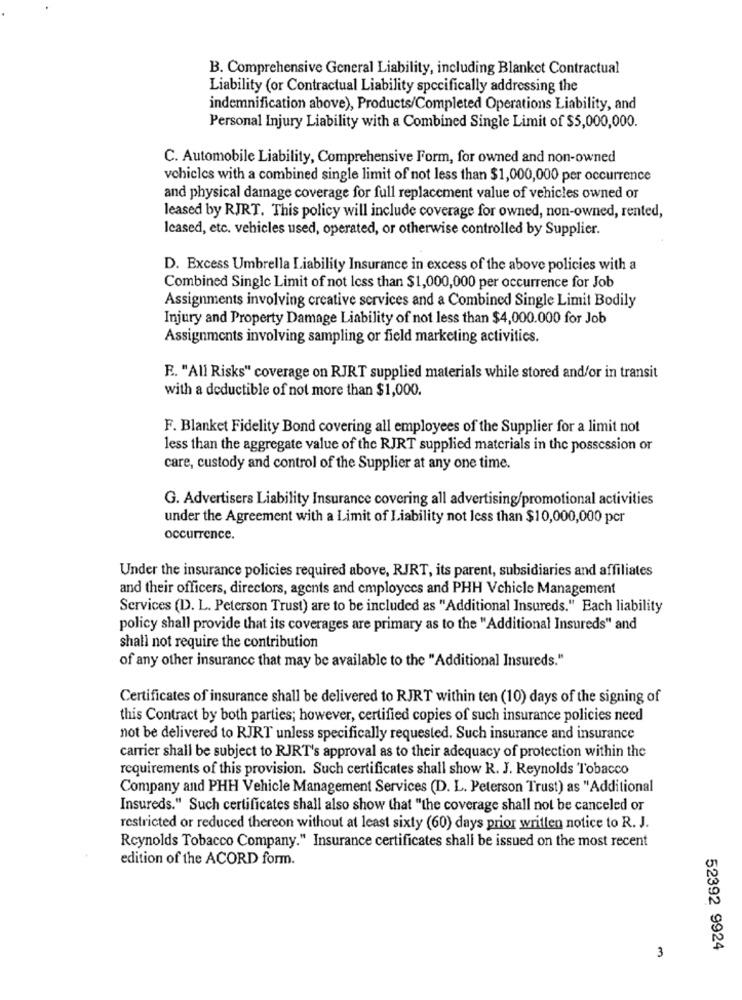
B. Comprehensive General Liability, including Blanket Contractual
Liability (or Contractual Liability specifically addressing the
indemnification above), Products/Completed Operations Liability, and
Personal Injury Liability with a Combined Single Limit of $5,000,000.
C. Automobile Liability, Comprehensive Form, for owned and non-owned
vchicles with a combined single limit of not less than $1,000,000 per occurrence
and physical damage coverage for full replacement value of vehicles owned or
leased by RJRT. This policy will include coverage for owned, non-owned, rented,
leased, etc. vehicles used, operated, or otherwise controlled by Supplier.
D. Excess Umbrella Liability Insurance in excess of the above policies with a
Combined Single Limit of not less than $1,000,000 per occurrence for Job
Assignments involving creative services and a Combined Single Limit Bodily
Injury and Property Damage Liability of not less than $4,000.000 for Job
Assignments involving sampling or field marketing activities.
E. "All Risks" coverage on RJRT supplied materials while stored and/or in transit
with a deductible of not more than $1,000.
F. Blanket Fidelity Bond covering all employees of the Supplier for a limit not
less than the aggregate value of the RJRT supplied materials in the possession or
care, custody and control of the Supplier at any one time.
G. Advertisers Liability Insurance covering all advertising/promotional activities
under the Agreement with a Limit of Liability not less than $10,000,000 pcr
occurrence.
Under the insurance policies required above, RJRT, its parent, subsidiaries and affiliates
and their officers, directors, agents and employees and PHH Vehicle Management
Services (D. L. Peterson Trust) are to be included as "Additional Insureds." Each liability
policy shall provide that its coverages are primary as to the "Additional Insureds" and
shall not require the contribution
of any other insurance that may be available to the "Additional Insureds."
Certificates of insurance shall be delivered to RJRT within ten (10) days of the signing of
this Contract by both parties; however, certified copies of such insurance policies need
not be delivered to RJRT unless specifically requested. Such insurance and insurance
carrier shall be subject to RJRT's approval as to their adequacy of protection within the
requirements of this provision. Such certificates shall show R. J. Reynolds Tobacco
Company and PHH Vehicle Management Services (D. L. Peterson Trust) as "Additional
Insureds." Such certificates shall also show that "the coverage shall not be canceled or
restricted or reduced thereon without at least sixty (60) days prior written notice to R. J.
Reynolds Tobacco Company." Insurance certificates shall be issued on the most recent
edition of the ACORD form.
52392 9924
3